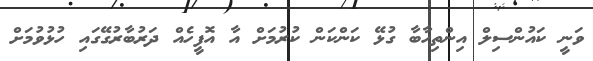
ވަނީ ކައުންސިލް އިންތިހާބާ ގުޅޭ ކަންކަން ކުރުމަށް އާ އޮފީހެއް ދަރުބާރުގޭގައި ހުޅުވުމަށް